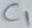
Text: C1